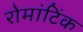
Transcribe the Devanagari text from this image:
रोमांटिंक